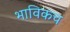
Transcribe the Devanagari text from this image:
भाविकच